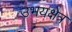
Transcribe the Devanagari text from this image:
उभयक्षेत्र